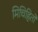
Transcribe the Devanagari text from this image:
मिचिहितो